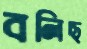
বলিছ